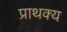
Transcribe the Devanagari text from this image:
प्राथक्य